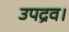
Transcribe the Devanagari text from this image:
उपद्रव।